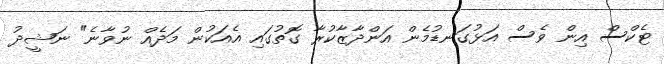
ޓެކްސް އިން ވެސް އަޅުގަނޑުމެން އަންދާޒާކުރާ ގޮތުގައި އެއަކުން މަދެއް ނުވާނެ" ނަޝީދު